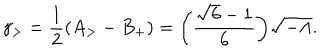
\gamma _ { > } = \frac { 1 } { 2 } ( A _ { > } - B _ { + } ) = \biggl ( \frac { \sqrt { 6 } - 1 } { 6 } \biggr ) \sqrt { - \Lambda } .